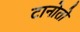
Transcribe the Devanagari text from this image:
टानोतो